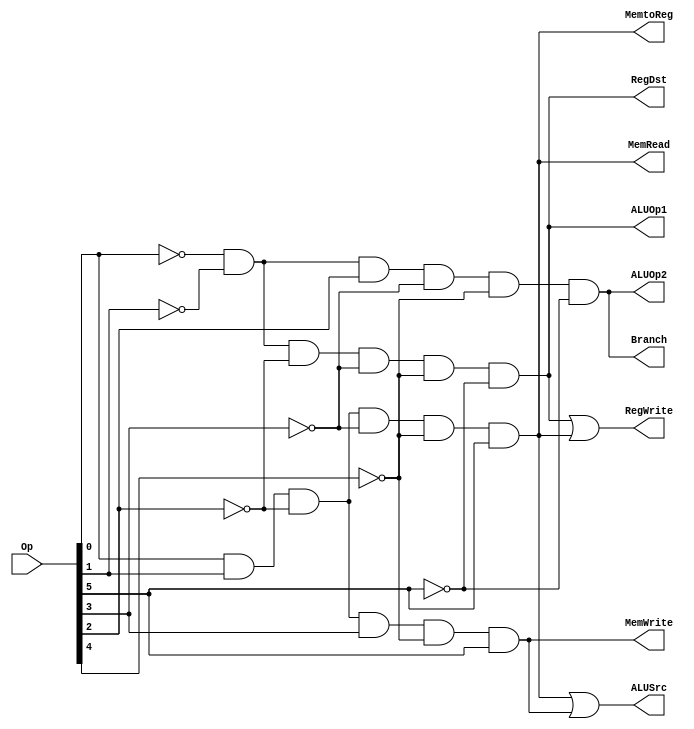
module main_control (RegDst, ALUSrc, MemtoReg, RegWrite,
	MemRead, MemWrite, Branch, ALUOp1, ALUOp2, Op);
	
	output RegDst, ALUSrc, MemtoReg, RegWrite, 
		MemRead, MemWrite, Branch, ALUOp1, ALUOp2;
	input [5:0] Op;
	wire Rformat, lw, sw, beq;
	
	assign Rformat = (~Op[0]) & (~Op[1]) & (~Op[2])
		& (~Op[3]) & (~Op[4]) & (~Op[5]);
	assign lw = Op[0] & Op[1] & (~Op[2])
		& (~Op[3]) & (~Op[4]) & Op[5];
	assign sw = Op[0] & Op[1] & (~Op[2])
		& Op[3] & (~Op[4]) & Op[5];
	assign beq = (~Op[0]) & (~Op[1]) & Op[2]
		& (~Op[3]) & (~Op[4]) & (~Op[5]);
	
	assign RegDst = Rformat;
	assign ALUSrc = lw | sw;
	assign MemtoReg = lw;
	assign RegWrite = Rformat | lw;
	assign MemRead = lw;
	assign MemWrite = sw;
	assign Branch = beq;
	assign ALUOp1 = Rformat;
	assign ALUOp2 = beq;
endmodule

/*
module tb_main_control;
	wire RegDst, ALUSrc, MemtoReg, RegWrite, 
		MemRead, MemWrite, Branch, ALUOp1, ALUOp2;
	reg [5:0] Op;

	main_control m1 (RegDst, ALUSrc, MemtoReg, RegWrite,
		MemRead, MemWrite, Branch, ALUOp1, ALUOp2, Op);

	initial
		begin
			$monitor (, "\nOp = %6b\nRegDst = %b, ALUSrc = %b, MemtoReg = %b, RegWrite = %b,", 
				Op, RegDst, ALUSrc, MemtoReg, RegWrite,
				"MemRead = %b, MemWrite = %b, Branch = %b, ALUOp1 = %b, ALUOp2 = %b",
				MemRead, MemWrite, Branch, ALUOp1, ALUOp2);
			#0 Op = 6'b000000; // R-format
			#2 Op = 6'b100011; // LW
			#2 Op = 6'b101011; // SW
			#2 Op = 6'b000100; // BEQ
		end
endmodule
*/